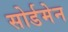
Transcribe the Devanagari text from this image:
सोर्डमेन